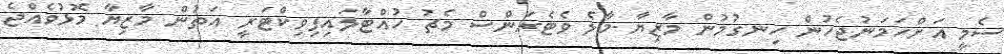
ސެމީ އަށްހަމަނުޖެހުން ހިނގުމުން މާޒިޔާ-މާލެ ވެޓެރަންސް މެޗު ހުއްޓާލައިފިވިކްޓަރީ އަތުން މާޒިޔާ މޮޅުވެއްޖެ